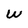
Character: w